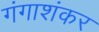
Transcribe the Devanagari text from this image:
गंगाशंकर